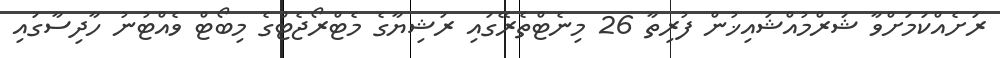
ރަށެއްކަމަށްވާ ޝަރްމުއްޝައިޚުން ފުރިތާ 26 މިނެޓްތެރޭގައި ރަޝިޔާގެ މެޓްރޯޖެޓްގެ މިބޯޓް ވެއްޓުނު ހާދިސާގައި